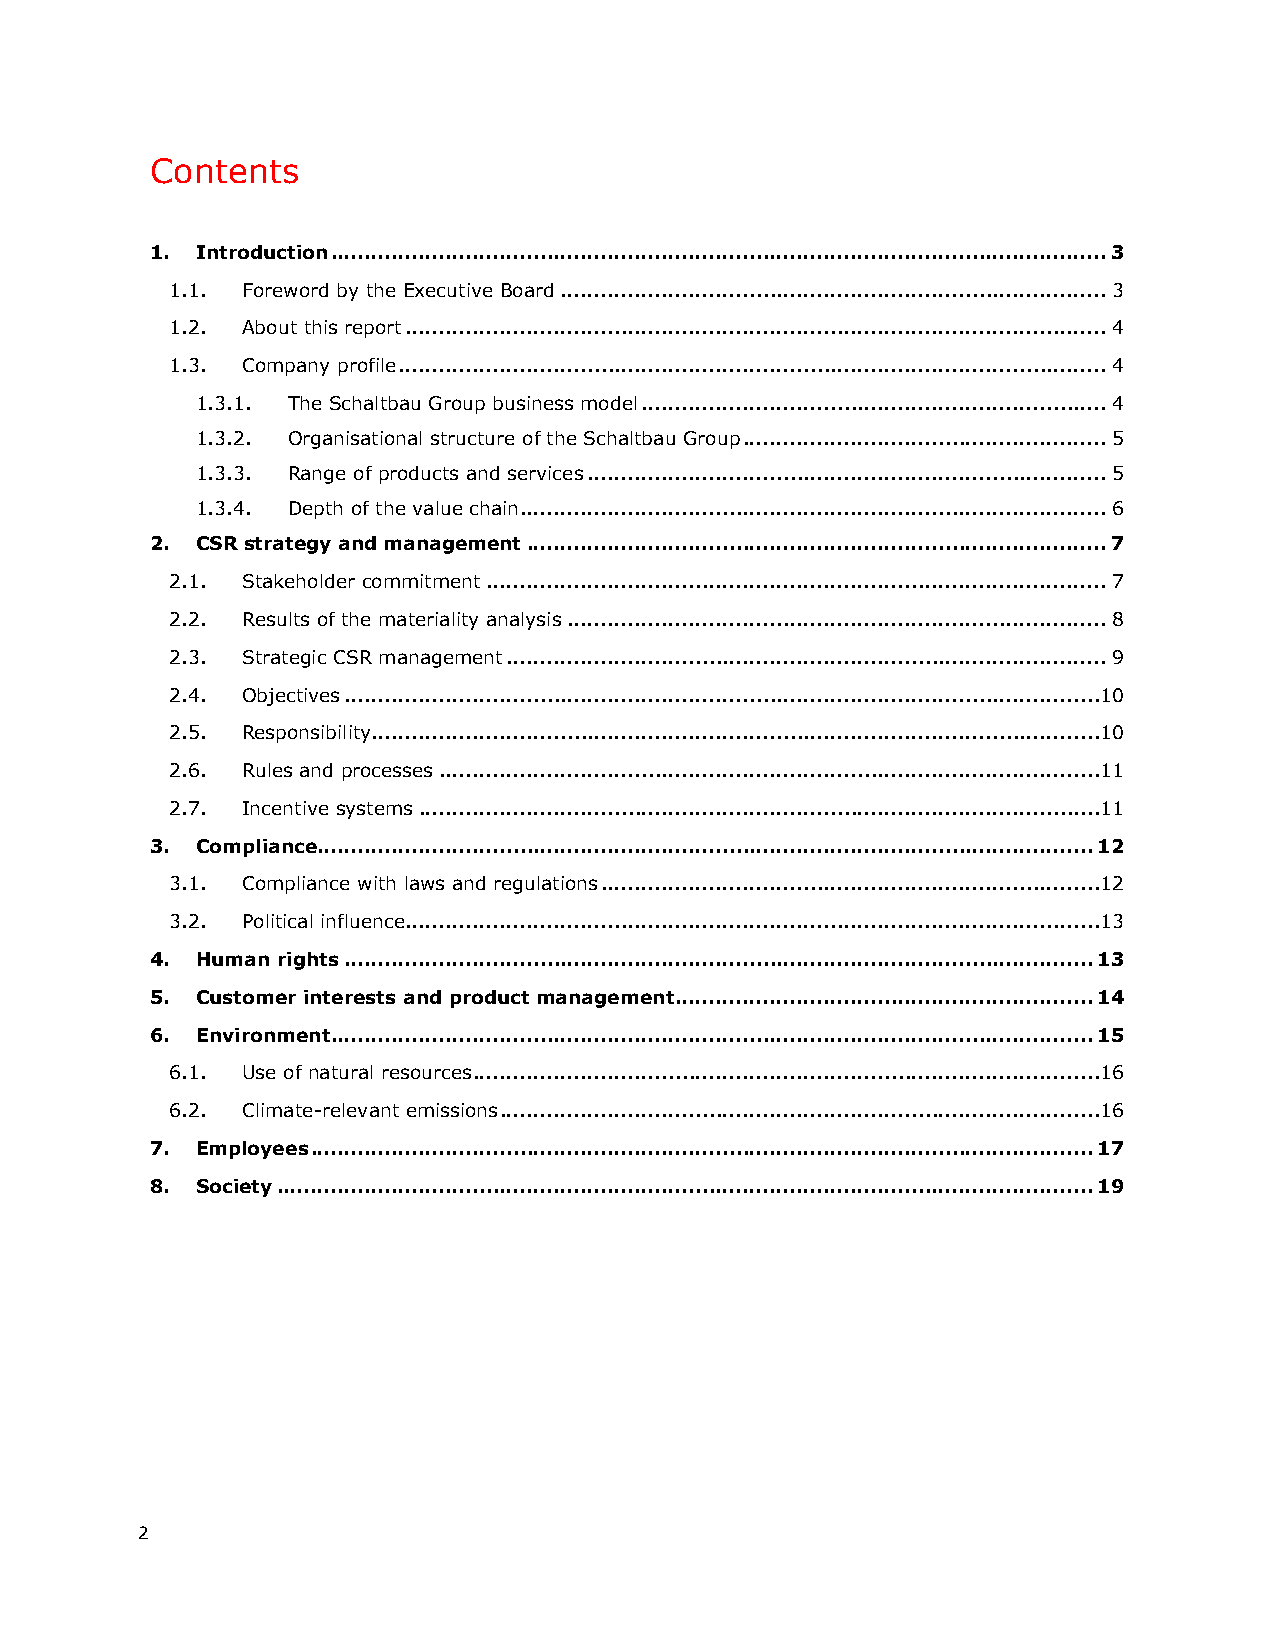
Contents
 1. Introduction ................................................................................................................... 3
 1.1. Foreword by the Executive Board ................................................................................. 3
 1.2. About this report ........................................................................................................ 4
 1.3. Company profile ......................................................................................................... 4
 1.3.1. The Schaltbau Group business model ..................................................................... 4
 1.3.2. Organisational structure of the Schaltbau Group ...................................................... 5
 1.3.3. Range of products and services ............................................................................. 5
 1.3.4. Depth of the value chain ....................................................................................... 6
 2. CSR strategy and management ...................................................................................... 7
 2.1. Stakeholder commitment ............................................................................................ 7
 2.2. Results of the materiality analysis ................................................................................ 8
 2.3. Strategic CSR management ......................................................................................... 9
 2.4. Objectives ................................................................................................................10
 2.5. Responsibility............................................................................................................10
 2.6. Rules and processes ..................................................................................................11
 2.7. Incentive systems .....................................................................................................11
 3. Compliance................................................................................................................... 12
 3.1. Compliance with laws and regulations ..........................................................................12
 3.2. Political influence .......................................................................................................13
 4. Human rights ............................................................................................................... 13
 5. Customer interests and product management .............................................................. 14
 6. Environment ................................................................................................................. 15
 6.1. Use of natural resources .............................................................................................16
 6.2. Climate-relevant emissions .........................................................................................16
 7. Employees .................................................................................................................... 17
 8. Society ......................................................................................................................... 19
 2